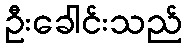
ဦးခေါင်းသည်